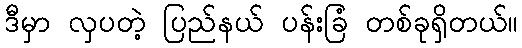
ဒီမှာ လှပတဲ့ ပြည်နယ် ပန်းခြံ တစ်ခုရှိတယ်။